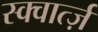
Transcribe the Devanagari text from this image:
स्क्वार्त्ज़